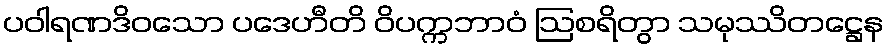
ပဝါရဏဒိဝသော ပဒေဟီတိ ဝိပက္ကဘာဝံ ဩစရိတွာ သမုဿိတဋ္ဌေန